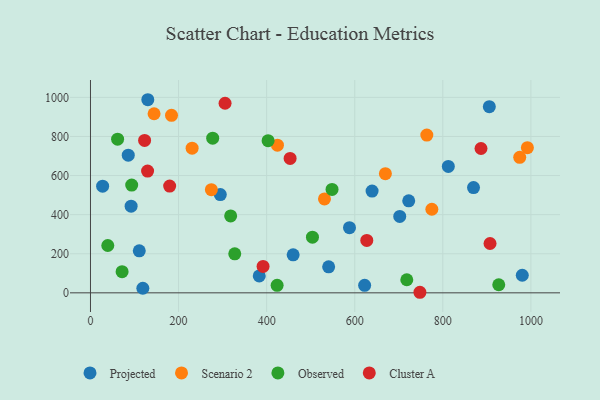
{"axis": {"x": "Study Hours", "y": "Yield"}, "legend": ["Cluster A", "Observed", "Projected", "Scenario 2"], "data": [{"x": "383.2", "y": 86.3, "type": "Projected"}, {"x": "588.1", "y": 333.2, "type": "Projected"}, {"x": "130.2", "y": 987.9, "type": "Projected"}, {"x": "118.9", "y": 23.6, "type": "Projected"}, {"x": "869.7", "y": 538.5, "type": "Projected"}, {"x": "980.4", "y": 89.9, "type": "Projected"}, {"x": "702.2", "y": 391.0, "type": "Projected"}, {"x": "110.8", "y": 214.7, "type": "Projected"}, {"x": "85.8", "y": 704.3, "type": "Projected"}, {"x": "812.5", "y": 646.8, "type": "Projected"}, {"x": "639.4", "y": 520.7, "type": "Projected"}, {"x": "722.6", "y": 470.7, "type": "Projected"}, {"x": "92.3", "y": 443.3, "type": "Projected"}, {"x": "294.8", "y": 502.8, "type": "Projected"}, {"x": "905.6", "y": 952.3, "type": "Projected"}, {"x": "540.8", "y": 133.2, "type": "Projected"}, {"x": "27.6", "y": 545.7, "type": "Projected"}, {"x": "622.5", "y": 38.5, "type": "Projected"}, {"x": "460.2", "y": 194.3, "type": "Projected"}, {"x": "775.1", "y": 427.7, "type": "Scenario 2"}, {"x": "144.4", "y": 916.2, "type": "Scenario 2"}, {"x": "531.3", "y": 480.2, "type": "Scenario 2"}, {"x": "763.7", "y": 807.3, "type": "Scenario 2"}, {"x": "274.5", "y": 527.6, "type": "Scenario 2"}, {"x": "424.5", "y": 755.5, "type": "Scenario 2"}, {"x": "992.0", "y": 742.5, "type": "Scenario 2"}, {"x": "669.6", "y": 609.5, "type": "Scenario 2"}, {"x": "230.8", "y": 739.8, "type": "Scenario 2"}, {"x": "974.6", "y": 693.1, "type": "Scenario 2"}, {"x": "184.0", "y": 908.0, "type": "Scenario 2"}, {"x": "318.3", "y": 393.4, "type": "Observed"}, {"x": "927.0", "y": 41.4, "type": "Observed"}, {"x": "39.3", "y": 242.3, "type": "Observed"}, {"x": "61.6", "y": 786.1, "type": "Observed"}, {"x": "277.5", "y": 791.0, "type": "Observed"}, {"x": "403.3", "y": 778.6, "type": "Observed"}, {"x": "93.6", "y": 551.5, "type": "Observed"}, {"x": "548.5", "y": 528.8, "type": "Observed"}, {"x": "71.8", "y": 108.5, "type": "Observed"}, {"x": "423.8", "y": 38.7, "type": "Observed"}, {"x": "718.2", "y": 67.0, "type": "Observed"}, {"x": "504.0", "y": 284.9, "type": "Observed"}, {"x": "327.6", "y": 199.8, "type": "Observed"}, {"x": "453.3", "y": 687.8, "type": "Cluster A"}, {"x": "748.0", "y": 2.9, "type": "Cluster A"}, {"x": "122.9", "y": 779.9, "type": "Cluster A"}, {"x": "129.7", "y": 622.8, "type": "Cluster A"}, {"x": "627.4", "y": 268.3, "type": "Cluster A"}, {"x": "907.2", "y": 252.4, "type": "Cluster A"}, {"x": "886.7", "y": 738.3, "type": "Cluster A"}, {"x": "391.9", "y": 135.1, "type": "Cluster A"}, {"x": "305.6", "y": 969.8, "type": "Cluster A"}, {"x": "179.8", "y": 546.0, "type": "Cluster A"}]}